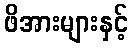
ဖိအားများနှင့်